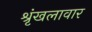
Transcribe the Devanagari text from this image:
श्रृंखलावार